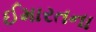
ઈમારતના